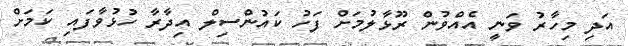
އަދި މިހާރު ވަނީ އެއްވުން ރޫޅާލުމަށް ފަހު ކައުންސިލް އިދާރާ ހުޅުވާފައި ކަމަށް